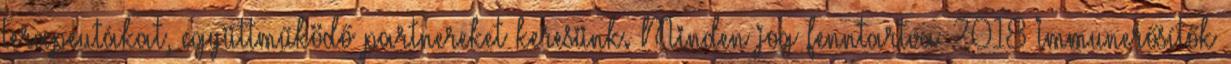
Terapeutákat, együttműködő partnereket keresünk. Minden jog fenntartva 2018 Immunerősítők